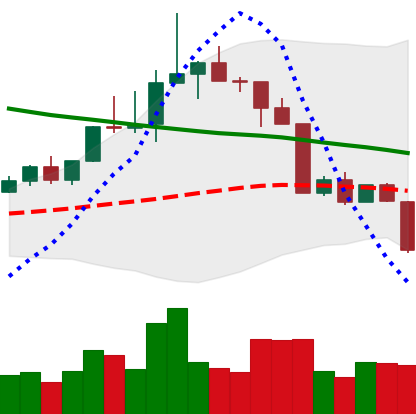
Ticker: TRX-USD
Chart end date: 2022-04-11
Forward return: 6.411%
Label: up_5_7